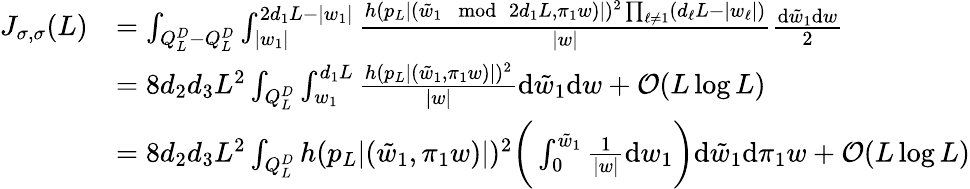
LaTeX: \begin{array}{rl}{J_{\sigma,\sigma}(L)}&{=\int_{Q_{L}^{D}-Q_{L}^{D}}\int_{|w_{1}|}^{2d_{1}L-|w_{1}|}\frac{h(p_{L}|(\tilde{w}_{1}\mod 2d_{1}L,\pi_{1}w)|)^{2}\prod_{\ell\neq 1}(d_{\ell}L-|w_{\ell}|)}{|w|}\frac{\mathrm{d}\tilde{w}_{1}\mathrm{d}w}{2}}\\ &{=8d_{2}d_{3}L^{2}\int_{Q_{L}^{D}}\int_{w_{1}}^{d_{1}L}\frac{h(p_{L}|(\tilde{w}_{1},\pi_{1}w)|)^{2}}{|w|}\mathrm{d}\tilde{w}_{1}\mathrm{d}w+\mathcal{O}(L\log L)}\\ &{=8d_{2}d_{3}L^{2}\int_{Q_{L}^{D}}h(p_{L}|(\tilde{w}_{1},\pi_{1}w)|)^{2}\biggr(\int_{0}^{\tilde{w}_{1}}\frac{1}{|w|}\mathrm{d}w_{1}\biggr)\mathrm{d}\tilde{w}_{1}\mathrm{d}\pi_{1}w+\mathcal{O}(L\log L)}\end{array}